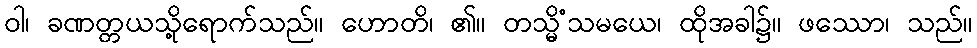
ဝါ၊ ခဏတ္တယသို့ရောက်သည်။ ဟောတိ၊ ၏။ တသ္မိံသမယေ၊ ထိုအခါ၌။ ဖဿော၊ သည်။